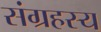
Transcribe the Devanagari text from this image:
संग्रहस्य